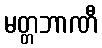
မတ္တဘာဏီ